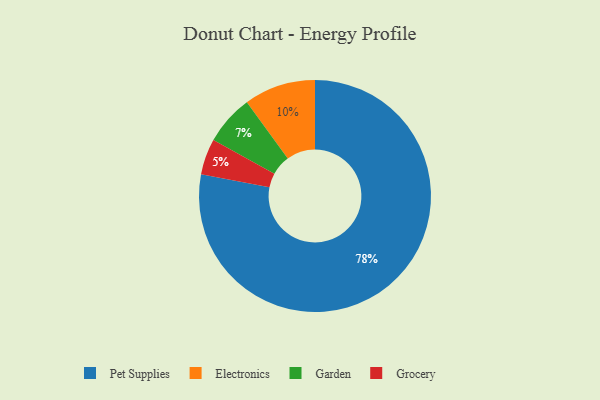
{"axis": {"x": "Category", "y": "Percentage"}, "legend": ["Electronics", "Garden", "Grocery", "Pet Supplies"], "data": [{"x": "Pet Supplies", "y": 78, "type": "Pet Supplies"}, {"x": "Garden", "y": 7, "type": "Garden"}, {"x": "Electronics", "y": 10, "type": "Electronics"}, {"x": "Grocery", "y": 5, "type": "Grocery"}]}